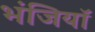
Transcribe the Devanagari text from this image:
भंजियाॅ